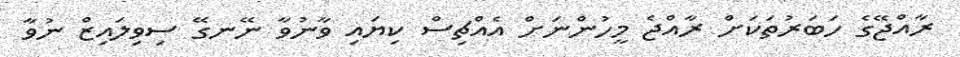
ރާއްޖޭގެ ހަބަރުތަކަށް ރާއްޖެ މީހުންނަށް އެއްޗިސް ކިޔައި ވާނުވާ ނޭނގޭ ސިވިލައިޒް ނުވާ